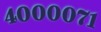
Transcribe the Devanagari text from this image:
४००००७१